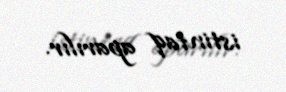
istintaq aparılır.